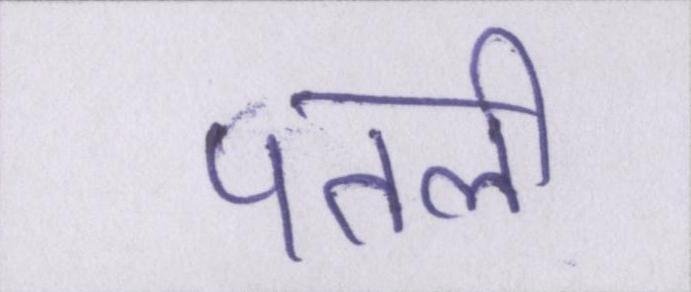
पतली